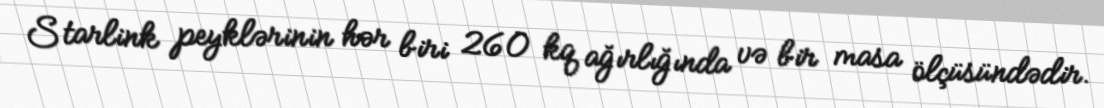
Starlink peyklərinin hər biri 260 kq ağırlığında və bir masa ölçüsündədir.